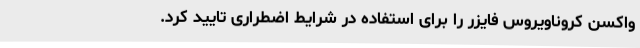
واکسن کروناویروس فایزر را برای استفاده در شرایط اضطراری تایید کرد.